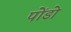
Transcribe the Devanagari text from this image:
पोंडो